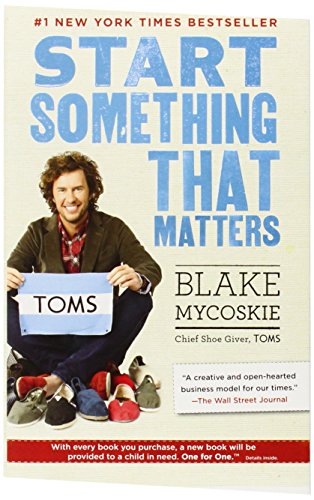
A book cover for Start Something That Matters; Blake Mycoskie; Business & Money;